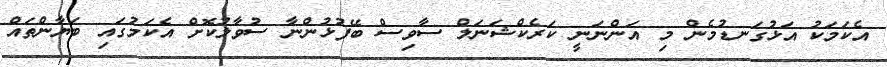
އެކަމަކު އަޅުގަނޑުމެން މި އަންނަނީ ކަރެކްޝަނަލް ސާވިސް ބޭފުޅުންނާ ސުވާލުކޮށް އެކަމުގައި ބަޔާންތައް